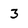
Character: 3